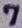
Text: 7